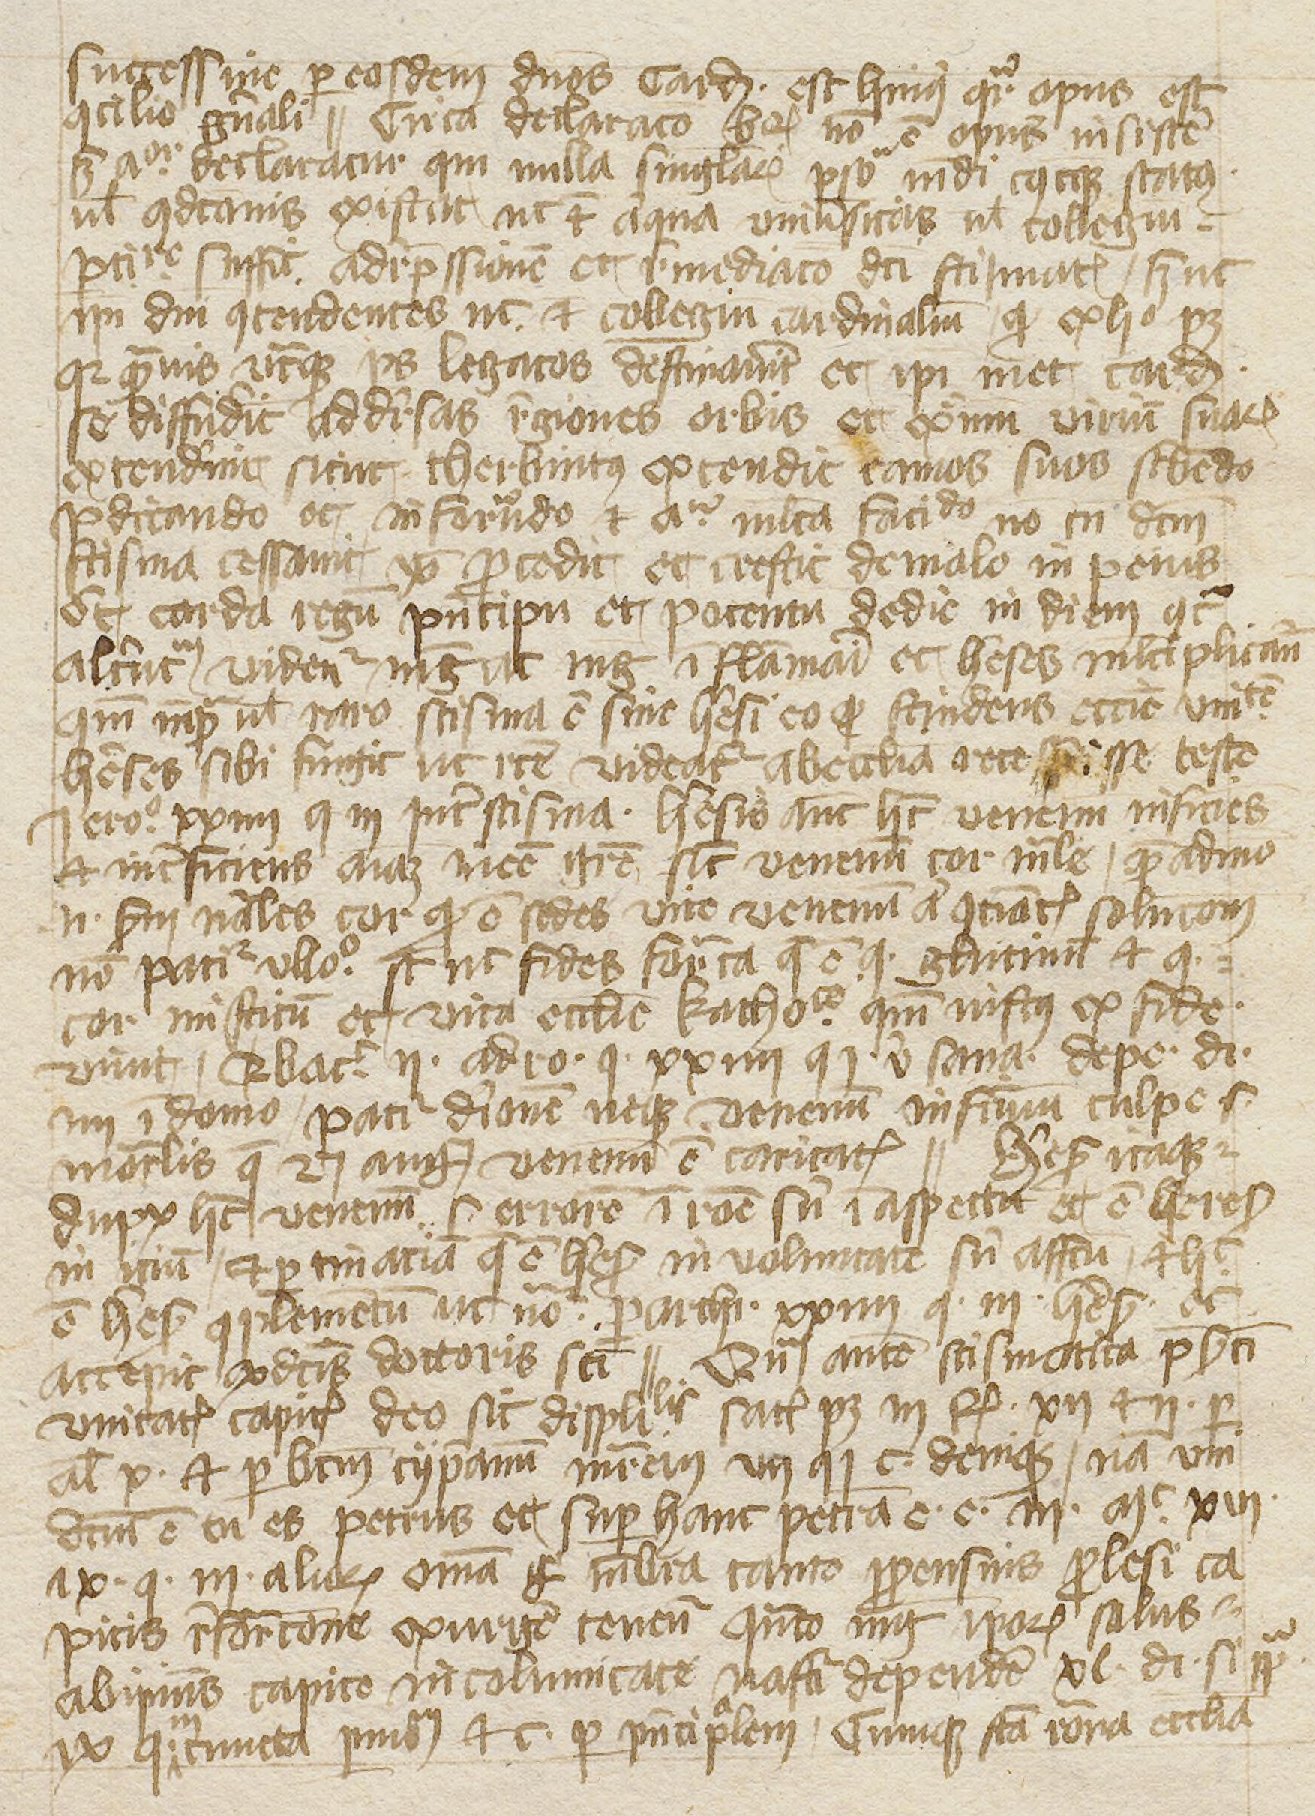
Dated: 1397–1397